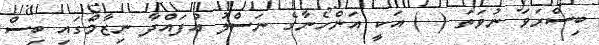
ބިސްރަވަ ނުވަތަ ( ) އަކީ އަންހެނާގެ ނަސްލު އުފައްދާ ނިޒާމްގައި ބިސް